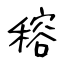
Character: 穃